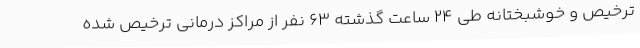
ترخیص و خوشبختانه طی 24 ساعت گذشته 63 نفر از مراکز درمانی ترخیص شده